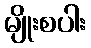
မျိုးစပါး